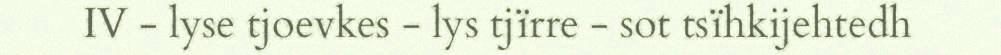
IV - lyse tjoevkes - lys tjïrre - sot tsïhkijehtedh